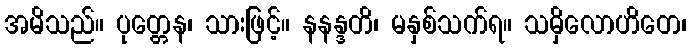
အမိသည်။ ပုတ္တေန၊ သားဖြင့်။ နနန္ဒတိ၊ မနှစ်သက်ရ။ သမှိလောဟိတေ၊